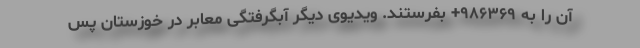
آن را به ۹۸۶۳۶۹+ بفرستند. ویدیوی دیگر آبگرفتگی معابر در خوزستان پس